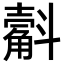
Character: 𣂍